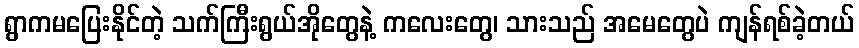
ရွာကမပြေးနိုင်တဲ့ သက်ကြီးရွယ်အိုတွေနဲ့ ကလေးတွေ၊ သားသည် အမေတွေပဲ ကျန်ရစ်ခဲ့တယ်